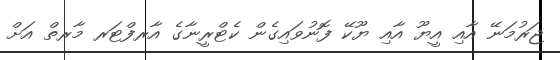
ޖަރުމަނޭ އާއި އީޔޫ އާއި ޔޫކޭ ފޮނުވައިގެން ކެޓްރީނާގެ އާރފްޓަރ މާރތް އަށް